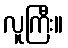
လူကြီး။